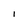
Character: 1